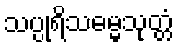
သပ္ပုရိသဓမ္မသုတ္တံ